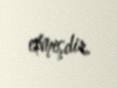
etmişdir.